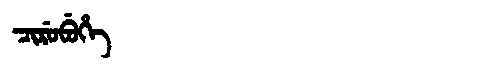
Manchu: ᠴᡳᡵᡠᠪᡠᡥᡝ
Romanization: CIRUBUHE